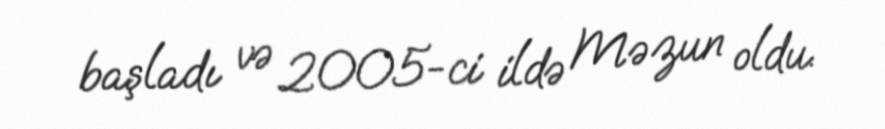
başladı və 2005-ci ildə Məzun oldu.